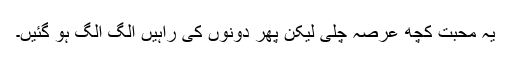
یہ محبت کچھ عرصہ چلی لیکن پھر دونوں کی راہیں الگ الگ ہو گئیں۔